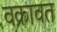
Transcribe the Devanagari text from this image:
वक्रावत